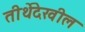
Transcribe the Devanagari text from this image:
तीर्थेदेखील